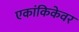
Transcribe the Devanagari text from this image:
एकांकिकेवर